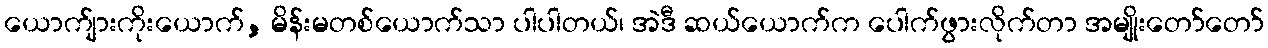
ယောက်ျားကိုးယောက်, မိန်းမတစ်ယောက်သာ ပါပါတယ်၊ အဲဒီ ဆယ်ယောက်က ပေါက်ဖွားလိုက်တာ အမျိုးတော်တော်